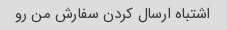
اشتباه ارسال کردن سفارش من رو